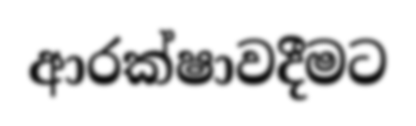
ආරක්ෂාවදීමට